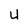
Character: U